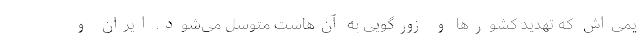
یمی‌اش که تهدید کشورها و زورگویی به آن‌هاست متوسل می‌شود. ایران و